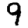
Digit: 9